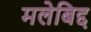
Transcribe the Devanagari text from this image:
मलेबिद्द